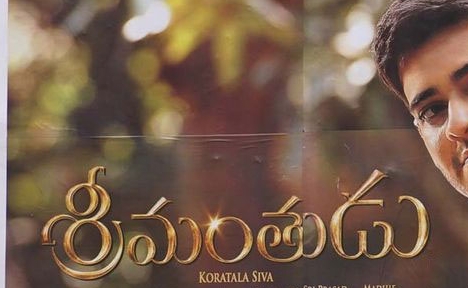
Language: telugu
Transcription: శ్రీమంతుడు